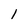
Character: 1